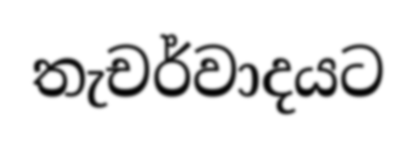
තැචර්වාදයට